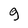
Character: g